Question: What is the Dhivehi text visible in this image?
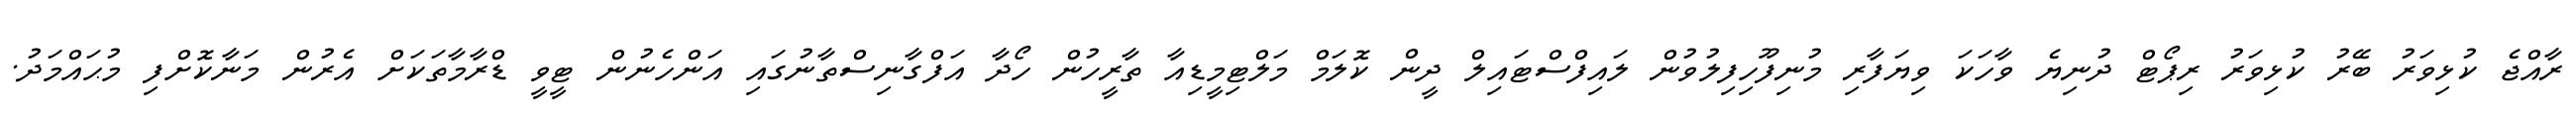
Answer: ރާއްޖެ ކުޅިވަރު ބޭރު ކުޅިވަރު ރިޕޯޓް ދުނިޔެ ވާހަކަ ވިޔަފާރި މުނިފޫހިފިލުވުން ލައިފްސްޓައިލް ދީން ކޮލަމް މަލްޓިމީޑިއާ ތާރީހުން ހޯދާ އަފްގާނިސްތާނުގައި އަންހެނުން ޓީވީ ޑްރާމާތަކަށް އެރުން މަނާކޮށްފި މުޙައްމަދު.